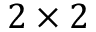
2 \times 2